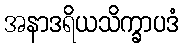
အနာဒရိယသိက္ခာပဒံ